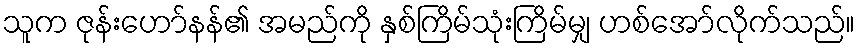
သူက ဇုန်းဟော်နန်၏ အမည်ကို နှစ်ကြိမ်သုံးကြိမ်မျှ ဟစ်အော်လိုက်သည်။